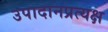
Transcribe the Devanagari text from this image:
उपादानप्रत्यक्ष